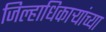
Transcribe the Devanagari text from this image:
जिल्हाधिकाऱ्यांच्या